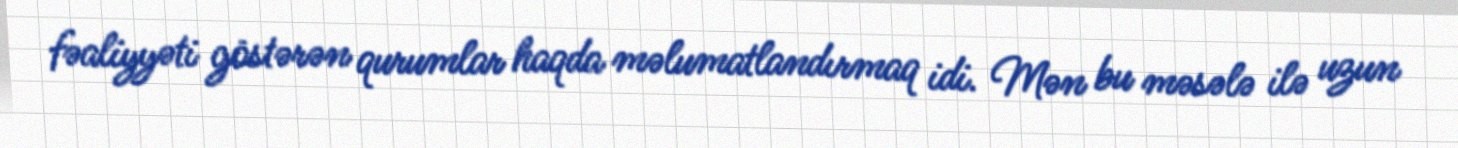
fəaliyyəti göstərən qurumlar haqda məlumatlandırmaq idi. Mən bu məsələ ilə uzun